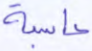
حاسبة